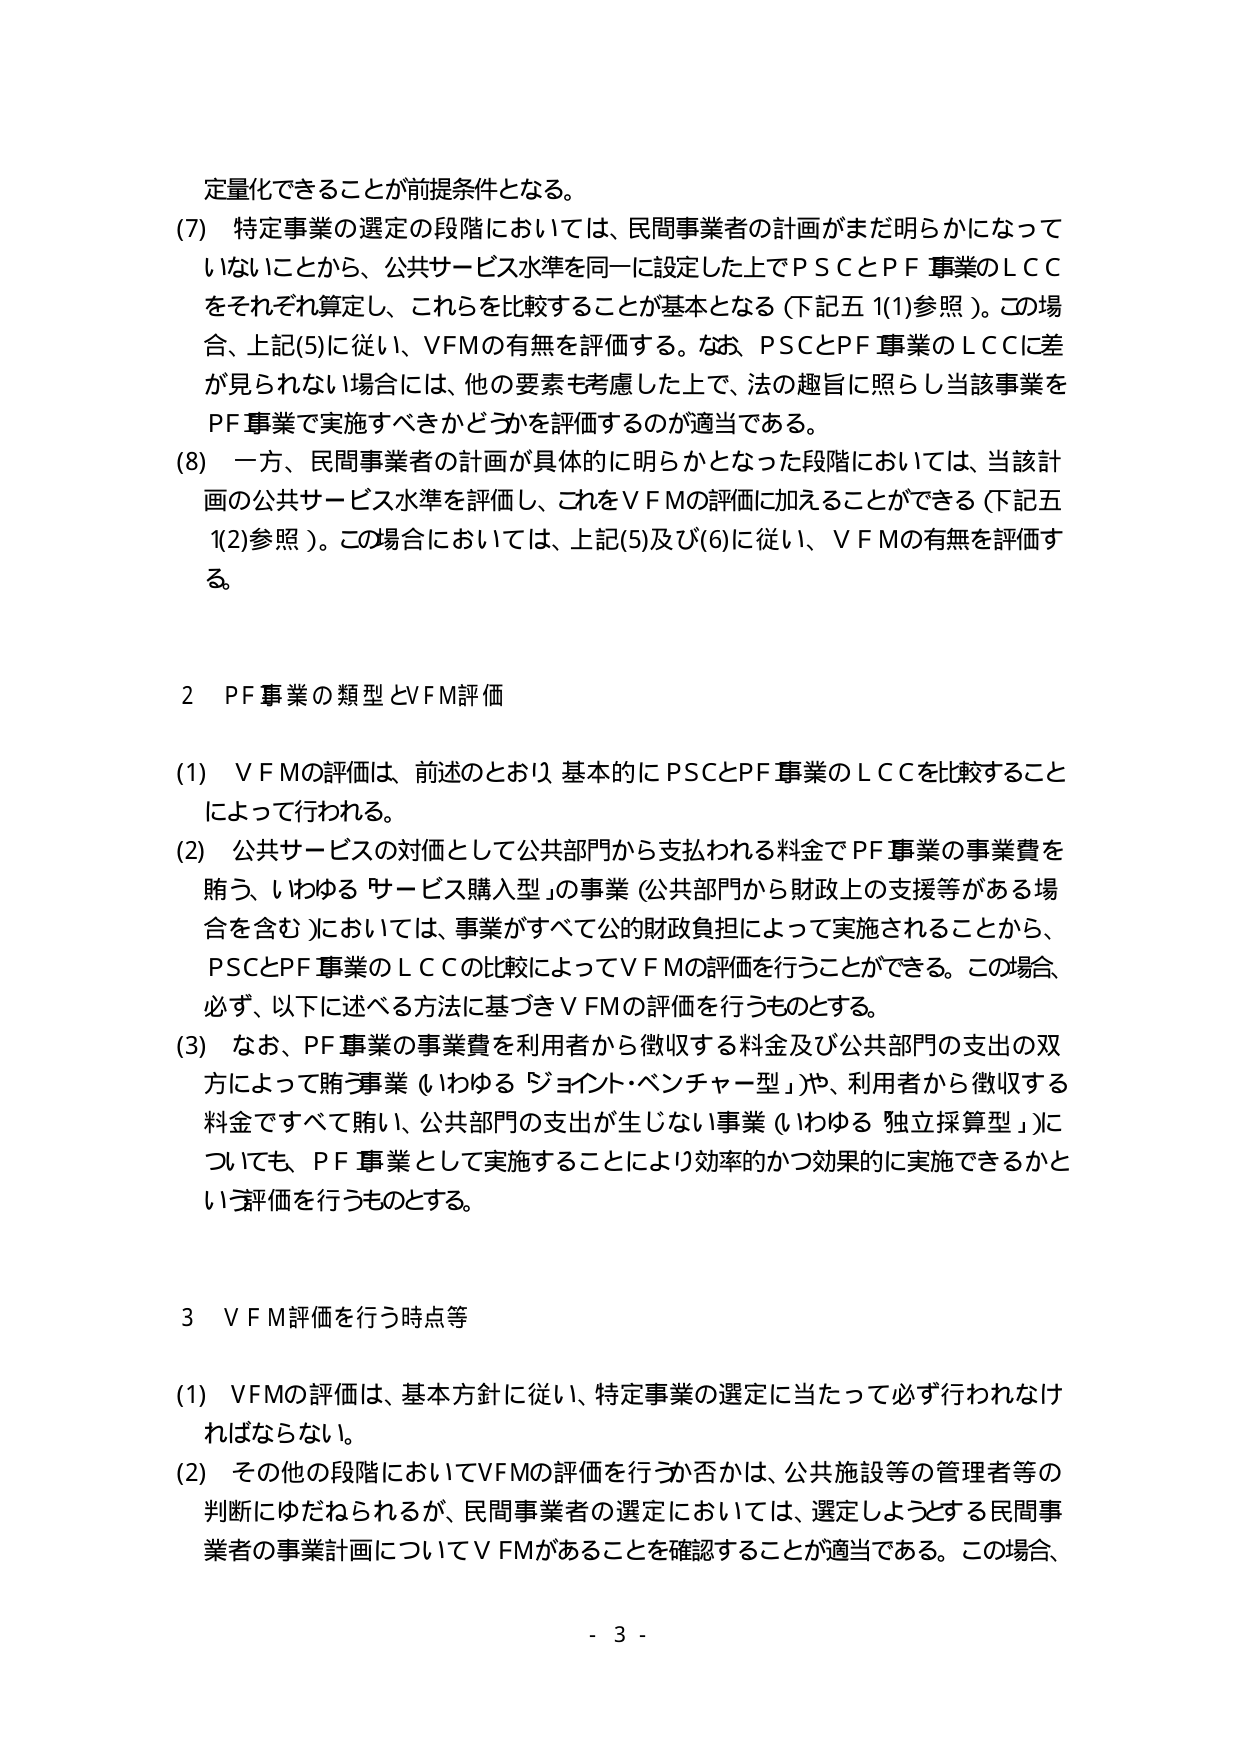
定量化的できることが前提条件となる。

(7) 特定事業の選定の段階においては、民間事業者の計画がまだ明らかになっていないことから、公共サービス水準を同一に設定した上でＰＳＣとＰＦ事業のＬＣＣをそれぞれ算定し、これらを比較することが基本となる（下記五1(1)参照）。この場合、上記(5)に従い、ＶＦＭの有無を評価する。なお、ＰＳＣとＰＦ事業のＬＣＣに差が見られない場合には、他の要素も考慮した上で、法の趣旨に照らし当該事業をＰＦ事業で実施すべきかどうかを評価するのが適当である。

(8) 一方、民間事業者の計画が具体的に明らかとなった段階においては、当該計画の公共サービス水準を評価し、これをＶＦＭの評価に加えることができる（下記五1(2)参照）。この場合においては、上記(5)及び(6)に従い、ＶＦＭの有無を評価する。

2 PF事業の類型とＶＦＭ評価

(1) ＶＦＭの評価は、前述のとおり、基本的にＰＳＣとＰＦ事業のＬＣＣを比較することによって行われる。

(2) 公共サービスの対価として公共部門から支払われる料金でＰＦ事業の事業費を賄う、いわゆる「サービス購入型」の事業（公共部門から財政上の支援等がある場合を含む）においては、事業がすべて公的財政負担によって実施されることから、ＰＳＣとＰＦ事業のＬＣＣの比較によってＶＦＭの評価を行うことができる。この場合、必ず、以下に述べる方法に基づきＶＦＭの評価を行うものとする。

(3) なお、ＰＦ事業の事業費を利用者から徴収する料金及び公共部門の支出の双方によって賄う事業（いわゆる「ジョイント・ベンチャー型」）や、利用者から徴収する料金ですべて賄い、公共部門の支出が生じない事業（いわゆる「独立採算型」）についても、ＰＦ事業として実施することにより効率的かつ効果的に実施できるかという評価を行うものとする。

3 ＶＦＭ評価を行う時点等

(1) ＶＦＭの評価は、基本方針に従い、特定事業の選定に当たって必ず行われなければならない。

(2) その他の段階においてＶＦＭの評価を行うか否かは、公共施設等の管理者等の判断にゆだねられるが、民間事業者の選定においては、選定しようとする民間事業者の事業計画についてＶＦＭがあることを確認することが適当である。この場合、

- 3 -